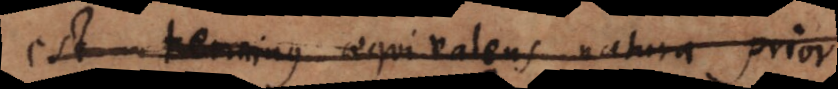
est terminus aequivalens natura prior